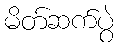
မိတ်ဆက်ပွဲ